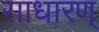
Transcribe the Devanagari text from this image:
साधारण्